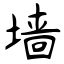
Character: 墙